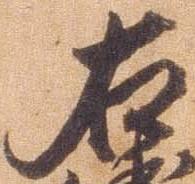
右